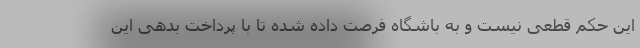
این حکم قطعی نیست و به باشگاه فرصت داده شده تا با پرداخت بدهی این